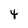
Character: 4